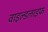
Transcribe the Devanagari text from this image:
वाइल्‍डलाइफ